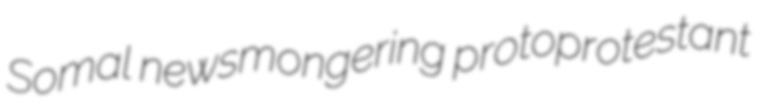
Somal newsmongering protoprotestant